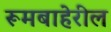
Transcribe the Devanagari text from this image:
रूमबाहेरील